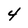
Character: 4